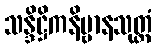
သန္ဒိဋ္ဌိကနိဗ္ဗာနသုတ္တံ